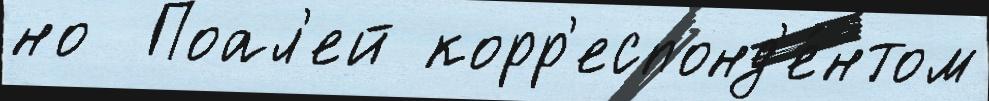
но  Поал'ей корр'еспонд'е́нтом